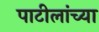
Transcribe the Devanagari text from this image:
पाटीलांच्या